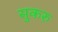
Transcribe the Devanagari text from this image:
सुकरु